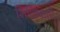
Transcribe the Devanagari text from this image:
शिक्षिकाएँ